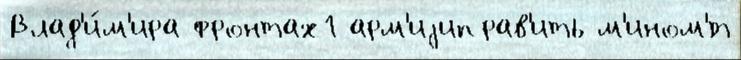
Влад'и́м'ира фронтах1 арм'иjиправ'ить м'ином'́т